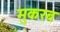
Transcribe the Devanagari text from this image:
मुकरब